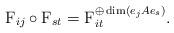
LaTeX: \begin{align*}\mathrm{F}_{ij}\circ\mathrm{F}_{st} =\mathrm{F}_{it}^{\oplus \dim(e_jAe_s)}.\end{align*}